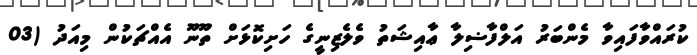
ކުރައްވާފައިވާ މެންބަރު އަލްފާޟިލާ ޢާއިޝަތު ވެލެޒިނީގެ ހަށިކޮޅަށް ތޫނޫ އެއްޗަކުން މިއަދު (03